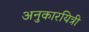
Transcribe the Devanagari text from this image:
अनुकारयित्री